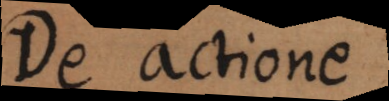
De actione